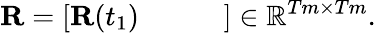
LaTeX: \mathbf{R}=\left[\begin{array}{llll}{\mathbf{R}(t_{1})}&{}&{}&{}\end{array}\right]\in\mathbb{R}^{Tm\times Tm}.